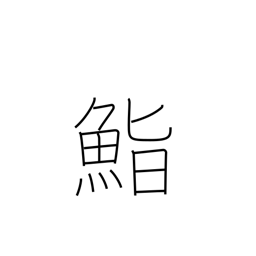
Meaning: seasoned rice